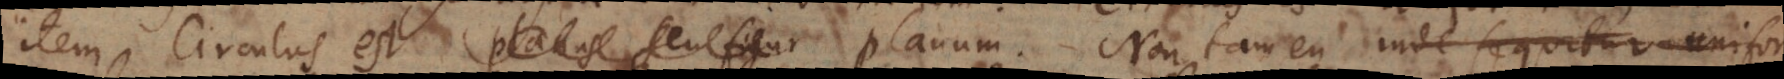
item circulus est planus seu figur planum. Non tamen inde sequitur unifor